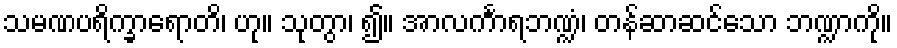
သမဏပရိက္ခာရောတိ၊ ဟု။ သုတွာ၊ ၍။ အာလင်္ကာရဘဏ္ဍံ၊ တန်ဆာဆင်သော ဘဏ္ဍာကို။